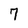
Character: 7